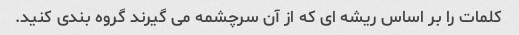
کلمات را بر اساس ریشه ای که از آن سرچشمه می گیرند گروه بندی کنید.